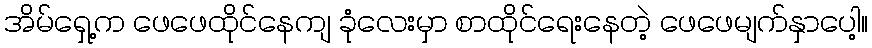
အိမ်ရှေ့က ဖေဖေထိုင်နေကျ ခုံလေးမှာ စာထိုင်ရေးနေတဲ့ ဖေဖေမျက်နှာပေါ့။